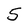
Character: 5